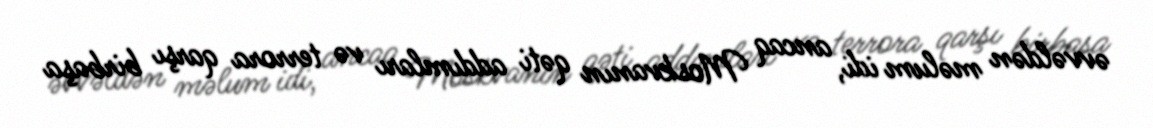
əvvəldən məlum idi, ancaq Moskvanın qəti addımları və terrora qarşı birbaşa